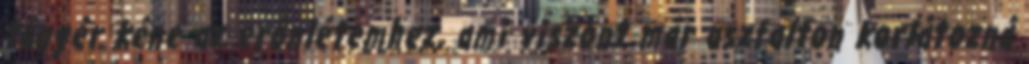
tányér kéne az erőnlétemhez, ami viszont már aszfalton korlátozná